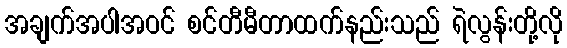
အချက်အပါအဝင် စင်တီမီတာထက်နည်းသည် ရဲလွန်းတို့လို